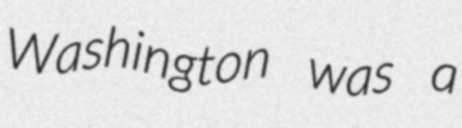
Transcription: Washington was a